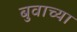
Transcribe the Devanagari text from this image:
बुवाच्या